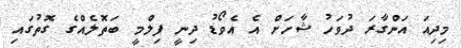
މިދިއަ އަންގާރަ ދުވަހު ޝާހަށް އެ އެވޯޑު ދިނީ ފިލްމީ ބަތޮލެއްގެ ގޮތުގައި